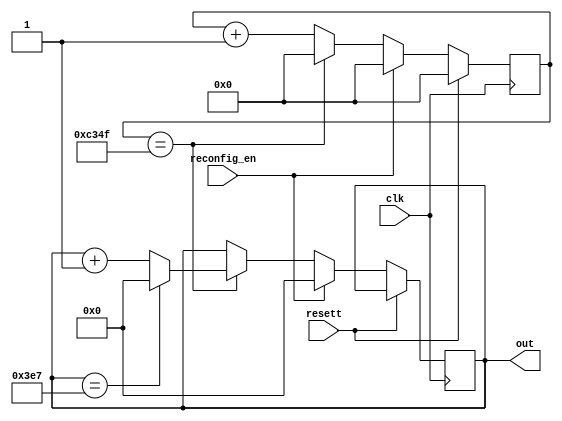
//------------------
// 
//-----------------
module mil_sec(
					input      wire                reconfig_en,
					input      wire                clk,
					input      wire                resett,
					output     reg     [9:0]       out 
);

 // 
reg[15:0] count_clk = 16'b0; // 


initial begin
  out <= 10'b0;
end

always @(posedge clk) begin
	if (resett) begin   
    count_clk <= 16'b0;
	end else if (reconfig_en) begin
		count_clk <= 0;
		out       <= 10'b0;
   end else begin    
     if (count_clk == 49_999) begin
       count_clk <= 16'b0; 
       if (out == 999) begin
			 out <= 10'b0;
       end else begin
			 out <= out + 1;
		 end	
     end else begin
		 count_clk <= count_clk + 1;
	  end
   end  
end 

endmodule